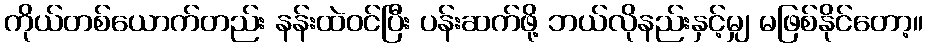
ကိုယ်တစ်ယောက်တည်း နန်းထဲဝင်ပြီး ပန်းဆက်ဖို့ ဘယ်လိုနည်းနှင့်မျှ မဖြစ်နိုင်တော့။